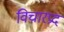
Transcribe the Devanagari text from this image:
विचारप्रद